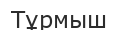
Тұрмыш